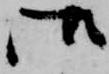
御